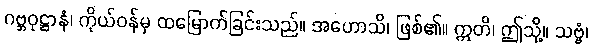
ဂဗ္ဘဝုဋ္ဌာနံ၊ ကိုယ်ဝန်မှ ထမြောက်ခြင်းသည်။ အဟောသိ၊ ဖြစ်၏။ ဣတိ၊ ဤသို့။ သဗ္ဗံ၊